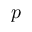
p